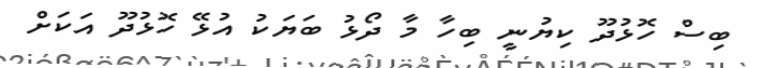
ބިސް ހޮޅުދޫ ކިޔުނީ ބިހާ މާ ދޯޅު ބަޔަކު އުޅޭ ހޮޅުދޫ އަކަށް